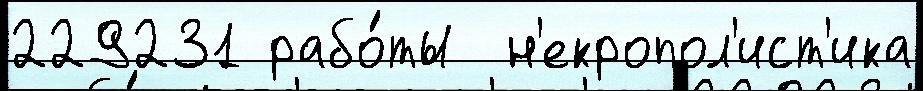
229231 рабо́ты  н'екропол'ист'ика